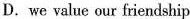
D.we value our friendship